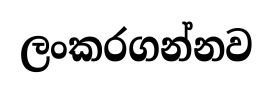
ලංකරගන්නව